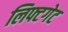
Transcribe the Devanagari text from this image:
लिफ्टगेट